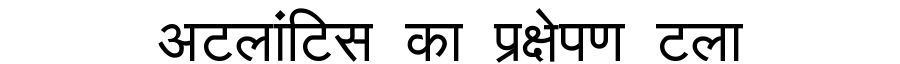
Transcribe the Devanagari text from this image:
अटलांटिस का प्रक्षेपण टला